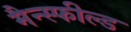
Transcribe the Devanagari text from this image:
मैन्स्फील्ड